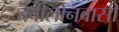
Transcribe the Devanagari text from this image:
बेबीलोनवासी